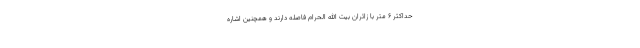
حداکثر ۶ متر با زائران بیت الله الحرام فاصله دارند و همچنین اشاره